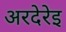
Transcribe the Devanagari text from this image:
अरदेरेइ